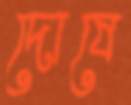
দোষে